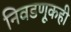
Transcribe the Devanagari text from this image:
निवडणूकही